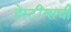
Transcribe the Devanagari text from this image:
हेस्टींग्सची